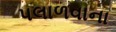
પલાળવાના